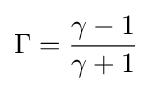
\Gamma ={\frac {\gamma -1}{\gamma +1}}